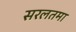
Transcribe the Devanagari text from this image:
सरलतमा